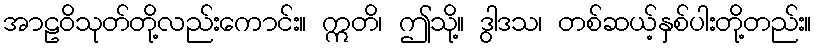
အာဠဝိသုတ်တို့လည်းကောင်း။ ဣတိ၊ ဤသို့။ ဒွါဒသ၊ တစ်ဆယ့်နှစ်ပါးတို့တည်း။